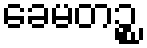
ခေမတဉ္စ